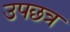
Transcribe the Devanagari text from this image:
उपछत्र